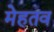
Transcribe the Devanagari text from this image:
मेहतव